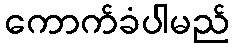
ကောက်ခံပါမည်